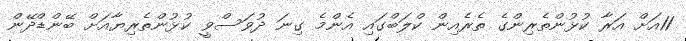
11އަށް އަރާ ކުޅުންތެރިންގެ ތެރެއިން ކްލަބްގައި އެންމެ ގިނަ ދުވަސްވީ ކުޅުންތެރިޔާއަށް ބޭންޑްދޭން